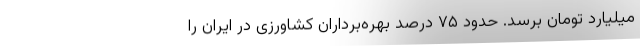
میلیارد تومان برسد. حدود ۷۵ درصد بهره‌برداران کشاورزی در ایران را